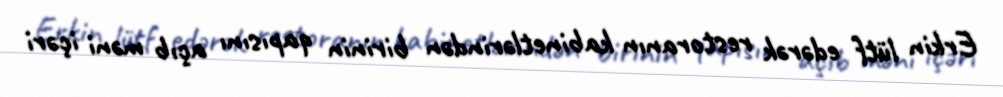
Erkin lütf edərək restoranın kabinetlərindən birinin qapısını açıb məni içəri